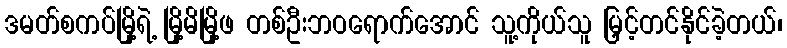
ဒမတ်စကပ်မြို့ရဲ့ မြို့မိမြို့ဖ တစ်ဦးဘဝရောက်အောင် သူ့ကိုယ်သူ မြှင့်တင်နိုင်ခဲ့တယ်၊